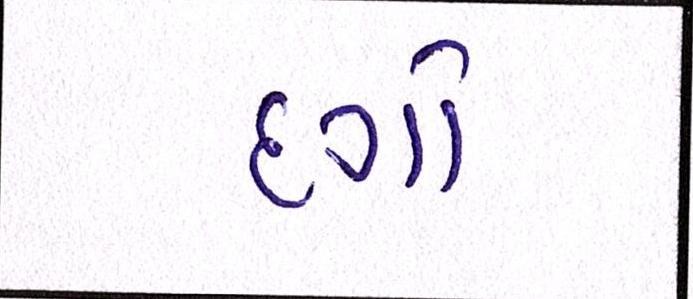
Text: દગો